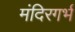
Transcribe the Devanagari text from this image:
मंदिरगर्भ